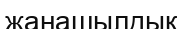
жанашылдық